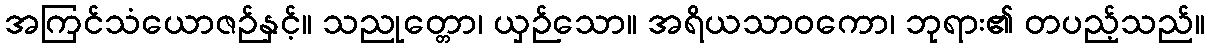
အကြင်သံယောဇဉ်နှင့်။ သညုတ္တော၊ ယှဉ်သော။ အရိယသာဝကော၊ ဘုရား၏ တပည့်သည်။